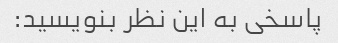
پاسخی به این نظر بنویسید: